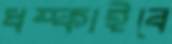
ধম্‌কাইবে